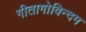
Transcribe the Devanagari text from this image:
गीतागोविन्दम